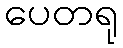
ပေတရု